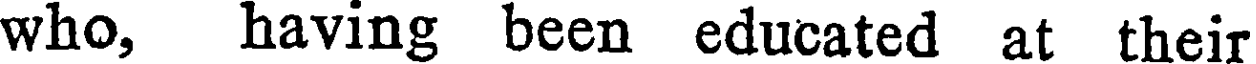
who, having been educated at their